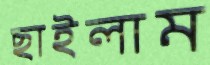
ছাইলাম